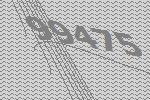
99475